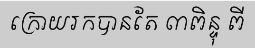
ក្រោយរកបានតែ ៣ពិន្ទុ ពី